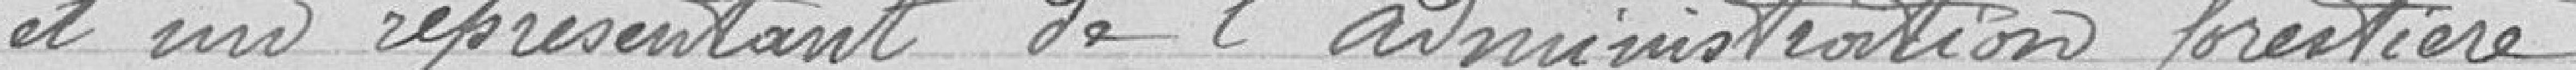
et un représentant de l'administration forestière.